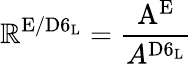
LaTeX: \mathbb{R}^{\mathrm{{E/D6_{L}}}}=\frac{{\mathrm{{A^{E}}}}}{{A^{\mathrm{{D6_{L}}}}}}